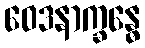
ဝေဒနာက္ခန္ဓေ